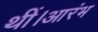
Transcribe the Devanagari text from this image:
थीं।आरंभ